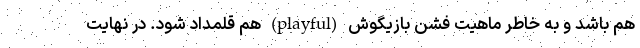
هم باشد و به خاطر ماهیت فشن بازیگوش (playful) هم قلمداد شود. در نهایت